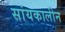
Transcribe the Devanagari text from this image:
सांयकालीन